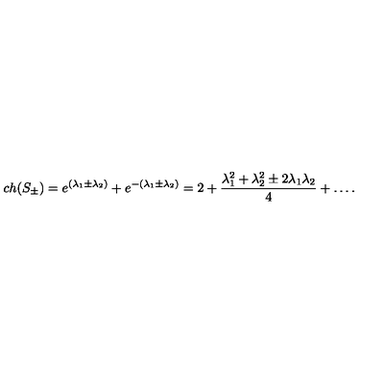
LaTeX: c h ( S _ { \pm } ) = e ^ { ( \lambda _ { 1 } \pm \lambda _ { 2 } ) } + e ^ { - ( \lambda _ { 1 } \pm \lambda _ { 2 } ) } = 2 + { \frac { \lambda _ { 1 } ^ { 2 } + \lambda _ { 2 } ^ { 2 } \pm 2 \lambda _ { 1 } \lambda _ { 2 } } { 4 } } + \dots .